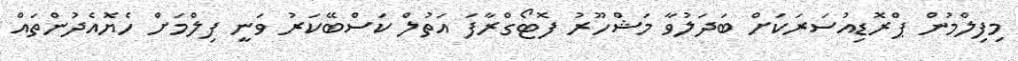
މިފިލްމުން ޕްރޮޑިއުސަރަކަށް ބަދަލުވާ މަޝްހޫރު ފޮޓޯގްރާފަ އަތުލް ކަސްބޭކަރު ވަނީ ފިލްމަށް ހެޔޮއެދުންތައް